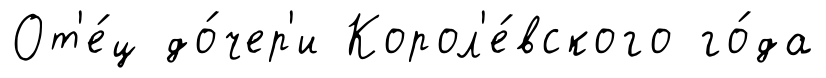
От'е́ц до́чер'и Корол'е́вского го́да